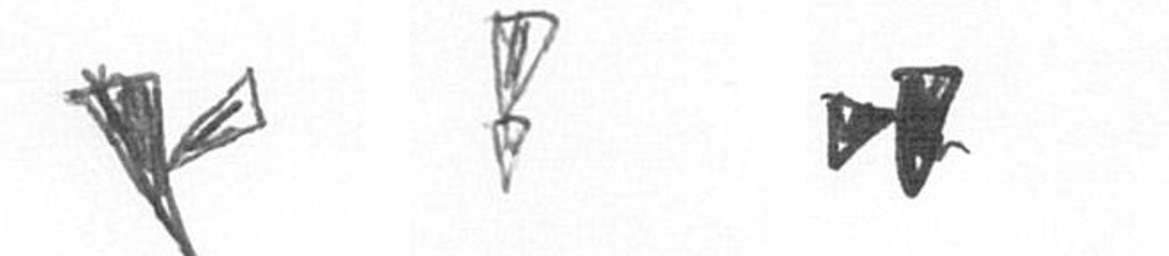
F Z M